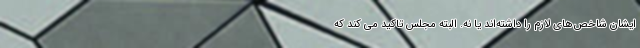
ایشان شاخص‌های لازم را داشته‌اند یا نه. البته مجلس تاکید می کند که